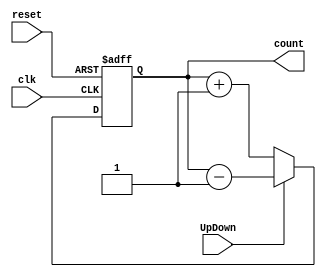
module upDownCounter #(parameter n = 2) (input clk, reset, UpDown, output [n:0]count);
 reg [n:0] count;
 always @(posedge clk, posedge reset) begin 
if (reset == 1) count <= 3'd0;

else if (UpDown == 0) count <= count + 1; 
else if (UpDown == 1) count <= count - 1; 

end
endmodule